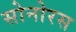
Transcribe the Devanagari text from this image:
सोनोरस